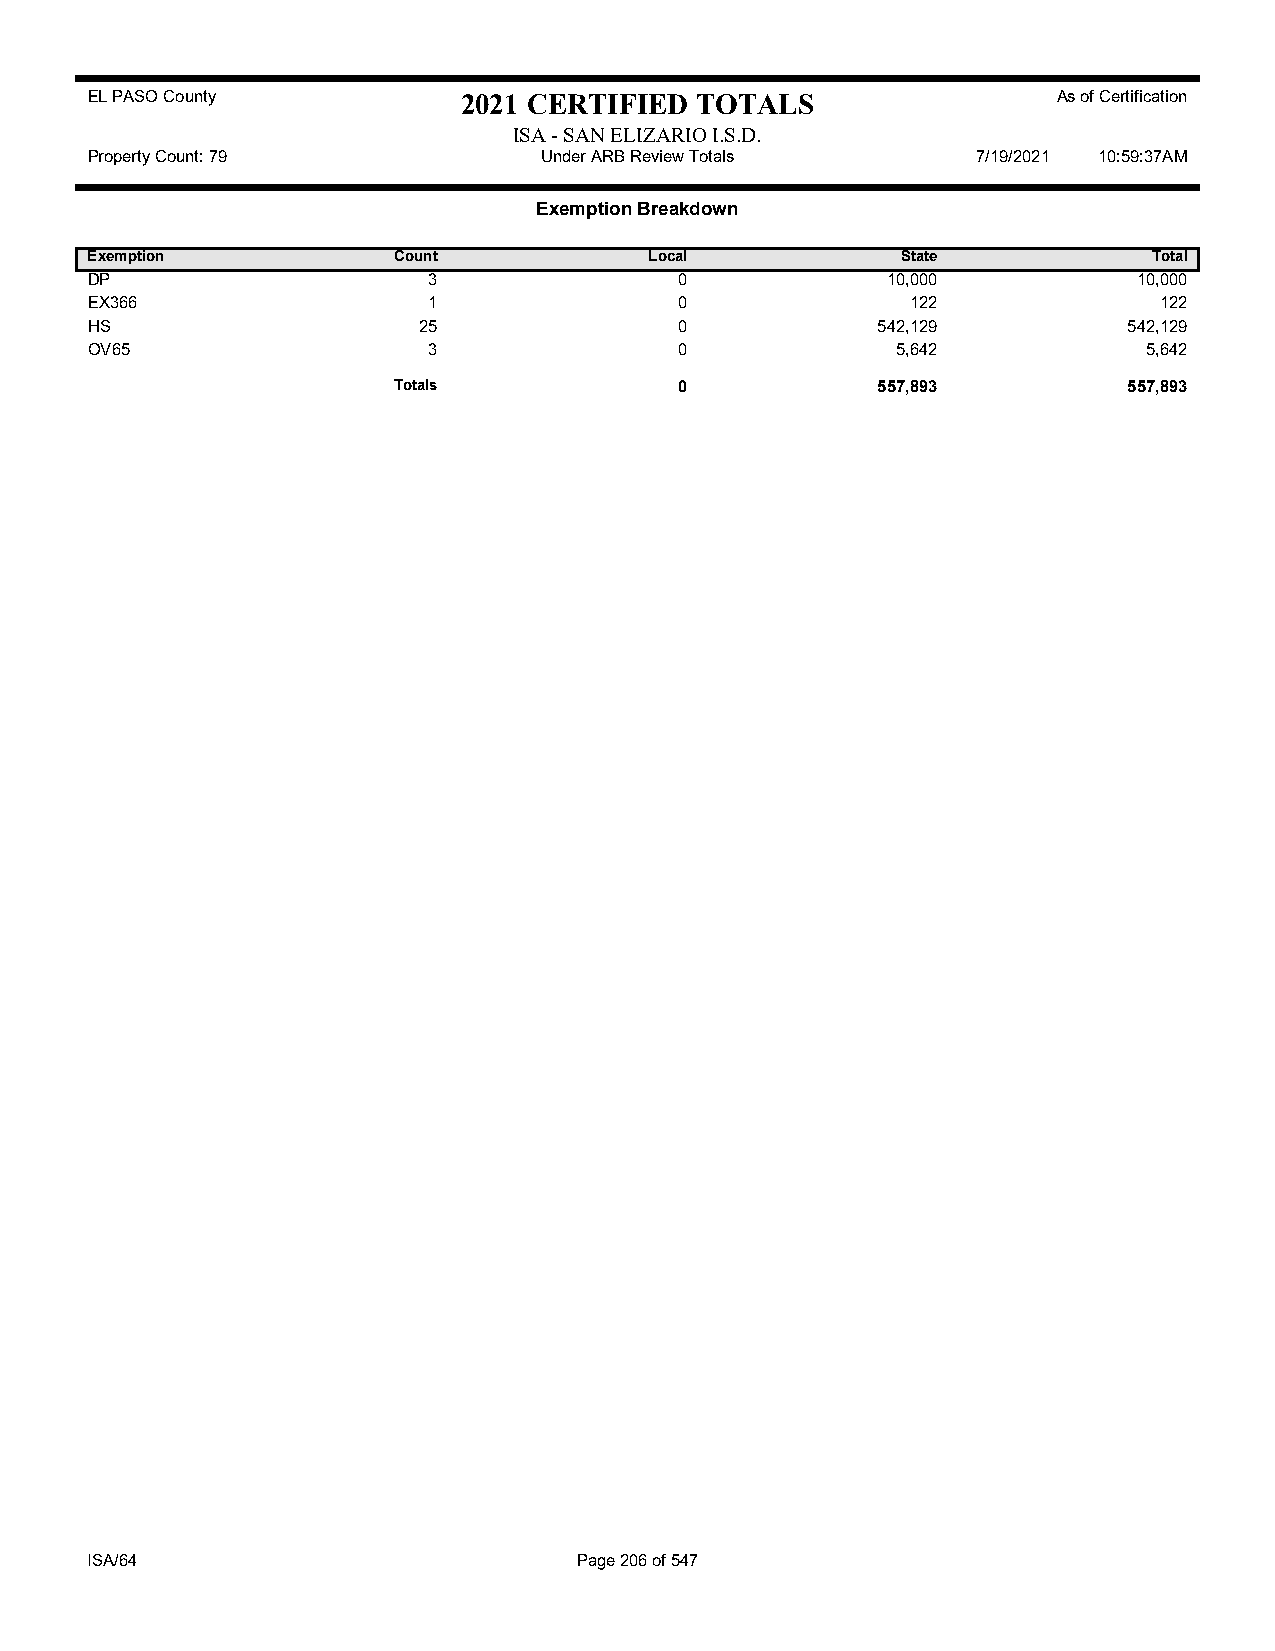
EL PASO County           2021 CERTIFIED TOTALS                  As of Certification
 ISA - SAN ELIZARIO I.S.D.
 Property Count: 79            Under ARB Review Totals      7/19/2021 10:59:37AM
 Exemption Breakdown
 Exemption           Count            Local            State           Total
 DP                    3                0             10,000          10,000
 EX366                 1                0              122              122
 HS                    25               0            542,129          542,129
 OV65                  3                0             5,642            5,642
 Totals             0            557,893          557,893
 ISA/64                          Page 206 of 547